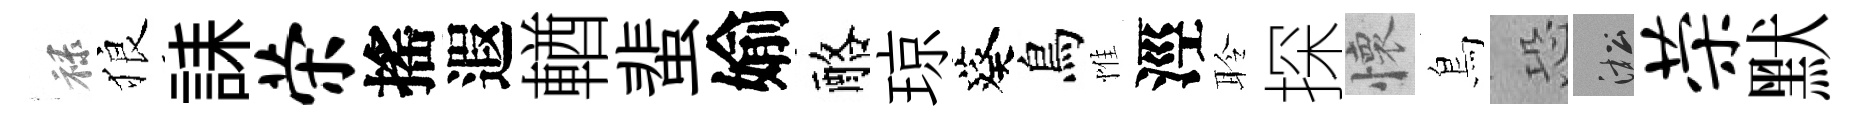
禄狼誄荣搖遐輶蜚媮酪琼葵鳥惟涇聆探懷鳥恐淞荣默